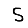
Digit: 5